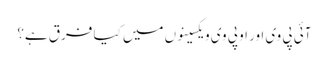
آئی پی وی اور او پی وی ویکسینوں میں کیا فرق ہے؟